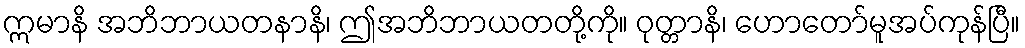
ဣမာနိ အဘိဘာယတနာနိ၊ ဤအဘိဘာယတတို့ကို။ ဝုတ္တာနိ၊ ဟောတော်မူအပ်ကုန်ပြီ။